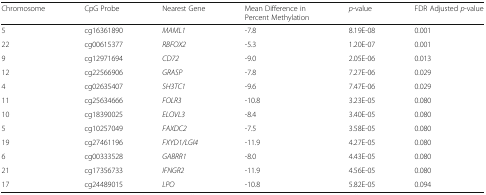
<table><thead><tr><td><b>Chromosome</b></td><td><b>CpG Probe</b></td><td><b>Nearest Gene</b></td><td><b>Mean Difference in Percent Methylation</b></td><td><b><i>p</i>-value</b></td><td><b>FDR Adjusted <i>p</i>-value</b></td></tr></thead><tbody><tr><td>5</td><td>cg16361890</td><td><i>MAML1</i></td><td>-7.8</td><td>8.19E-08</td><td>0.001</td></tr><tr><td>22</td><td>cg00615377</td><td><i>RBFOX2</i></td><td>-5.3</td><td>1.20E-07</td><td>0.001</td></tr><tr><td>9</td><td>cg12971694</td><td><i>CD72</i></td><td>-9.0</td><td>2.05E-06</td><td>0.013</td></tr><tr><td>12</td><td>cg22566906</td><td><i>GRASP</i></td><td>-7.8</td><td>7.27E-06</td><td>0.029</td></tr><tr><td>4</td><td>cg02635407</td><td><i>SH3TC1</i></td><td>-9.6</td><td>7.47E-06</td><td>0.029</td></tr><tr><td>11</td><td>cg25634666</td><td><i>FOLR3</i></td><td>-10.8</td><td>3.23E-05</td><td>0.080</td></tr><tr><td>10</td><td>cg18390025</td><td><i>ELOVL3</i></td><td>-8.4</td><td>3.40E-05</td><td>0.080</td></tr><tr><td>5</td><td>cg10257049</td><td><i>FAXDC2</i></td><td>-7.5</td><td>3.58E-05</td><td>0.080</td></tr><tr><td>19</td><td>cg27461196</td><td><i>FXYD1/LGI4</i></td><td>-11.9</td><td>4.27E-05</td><td>0.080</td></tr><tr><td>6</td><td>cg00333528</td><td><i>GABRR1</i></td><td>-8.0</td><td>4.43E-05</td><td>0.080</td></tr><tr><td>21</td><td>cg17356733</td><td><i>IFNGR2</i></td><td>-11.9</td><td>4.56E-05</td><td>0.080</td></tr><tr><td>17</td><td>cg24489015</td><td><i>LPO</i></td><td>-10.8</td><td>5.82E-05</td><td>0.094</td></tr></tbody></table>